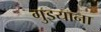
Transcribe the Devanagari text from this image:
गुइयाना